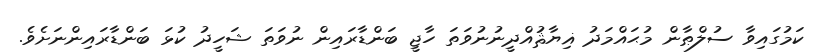
ކަމުގައިވާ ސުލްޠާން މުޙައްމަދު ޣިޔާޘުއްދީނުނުވަތަ ހާޖީ ބަންޑާރައިން ނުވަތަ ޝަހީދު ކުޅަ ބަންޑާރައިންނަށެވެ.